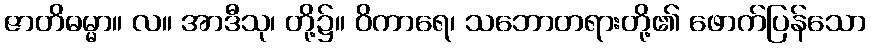
ဇာတိဓမ္မာ။ လ။ အာဒီသု၊ တို့၌။ ဝိကာရေ၊ သဘောတရားတို့၏ ဖောက်ပြန်သော